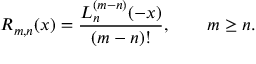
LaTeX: R _ { m , n } ( x ) = \frac { L _ { n } ^ { ( m - n ) } ( - x ) } { ( m - n ) ! } , \qquad m \ge n .